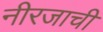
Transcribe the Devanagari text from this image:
नीरजाची